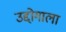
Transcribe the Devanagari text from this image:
उद्दोगाला